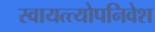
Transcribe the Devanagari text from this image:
स्वायत्त्योपनिवेश